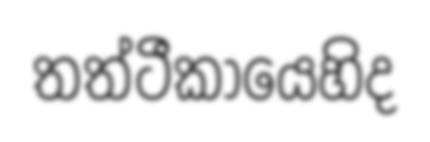
තත්ටීකායෙහිද